Relation of titanus [i.e. tetanus] to the hypodermic or intramuscular injection of quinine - Number 43
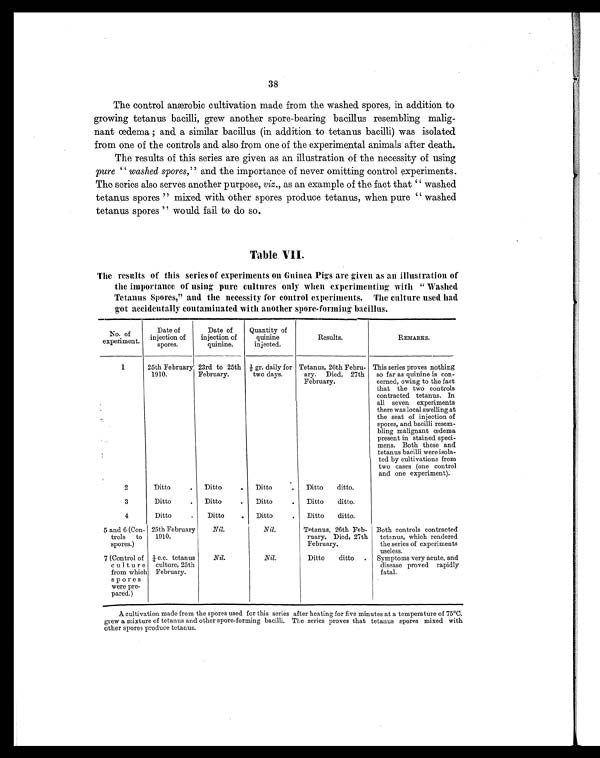
38
The control anærobic cultivation made from the washed spores, in addition to
growing tetanus bacilli, grew another spore-bearing bacillus resembling malig-
nant œdema ; and a similar bacillus (in addition to tetanus bacilli) was isolated
from one of the controls and also from one of the experimental animals after death.
The results of this series are given as an illustration of the necessity of using
pure "washed spores," and the importance of never omitting control experiments.
The series also serves another purpose, viz., as an example of the fact that "washed
tetanus spores" mixed with other spores produce tetanus, when pure "washed
tetanus spores" would fail to do so.
Table VII.
The results of this series of experiments on Guinea Pigs are given as an illustration of
the importance of using pure cultures only when experimenting with "Washed
Tetanus Spores," and the necessity for control experiments. The culture used had
got accidentally contaminated with another spore-forming bacillus.
No. of
experiment.
Date of
injection of
spores.
Date of
injection of
quinine.
Quantity of
quinine
injected.
Results.
REMARKS.
1
25th February
1910.
23rd to 25th
February.
½ gr. daily for
two days.
Tetanus, 26th Febru-
ary. Died, 27th
February.
This series proves nothing
so far as quinine is con-
cerned, owing to the fact
that the two controls
contracted tetanus. In
all seven experiments
there was local swelling at
the seat of injection of
spores, and bacilli resem-
bling malignant œdema
present in stained speci-
mens. Both these and
tetanus bacilli were isola-
ted by cultivations from
two cases (one control
and one experiment).
2
Ditto
.
Ditto
.
Ditto
.
Ditto ditto.
3
Ditto
.
Ditto
.
Ditto
.
Ditto ditto.
4
Ditto
.
Ditto
.
Ditto
.
Ditto ditto.
5 and 6 (Con-
trols to
spores.)
25th February
1910.
Nil.
Nil.
Tetanus, 26th Feb-
ruary. Died, 27th
February.
Both controls contracted
tetanus, which rendered
the series of experiments
useless.
7 (Control of
culture
from which
spores
were pre-
pared.)
¼ c.c. tetanus
culture, 25th
February.
Nil.
Nil.
Ditto ditto . Symptoms very acute, and
disease proved rapidly
fatal.
A cultivation made from the spores used for this series after heating for five minutes at a temperature of 75°C.
grew a mixture of tetanus and other spore-forming bacilli. The series proves that tetanus spores mixed with
other spores produce tetanus.